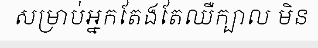
សម្រាប់អ្នកតែងតែឈឺក្បាល មិន